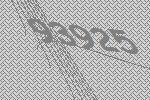
93925